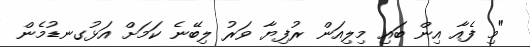
"މި ފެއާ އިން ބައި މިލިއަން ރުފިޔާ ވަރު ލިބޭނެ ކަމަށް އަޅުގނޑުމެން